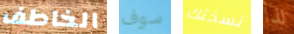
الخاطف سوف نسختك لذا